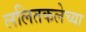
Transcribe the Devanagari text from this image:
ललितकलेच्या